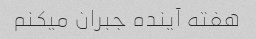
هفته آینده جبران میکنم